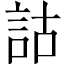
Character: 詁